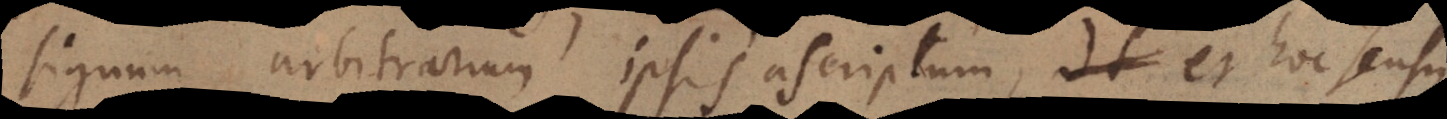
signum arbitrarium ipsis ascriptum, et hoc sensu